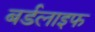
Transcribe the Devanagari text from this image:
बर्डलाइफ